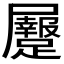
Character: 𪨡